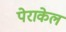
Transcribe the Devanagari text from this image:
पेराकेल